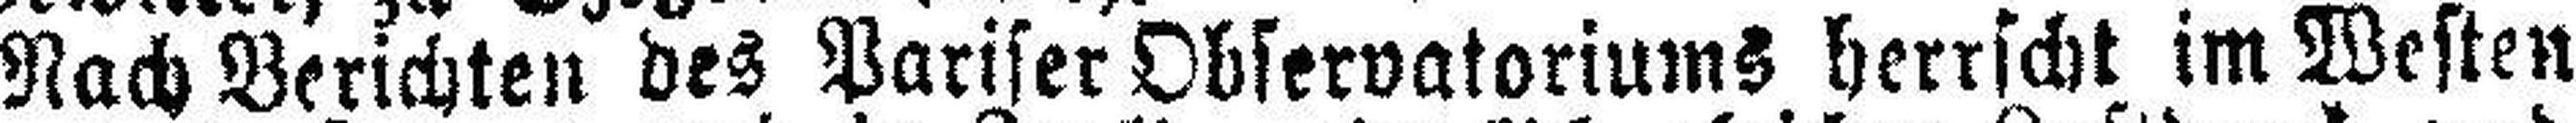
Nach Berichten des Pariser Observatoriums herrscht im Westen